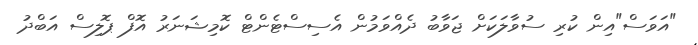
"އަވަސް"އިން ކުރި ސުވާލަކަށް ޖަވާބު ދެއްވަމުން އެސިސްޓެންޓް ކޮމިޝަނަރު އޮފް ޕޮލިސް އަބްދު